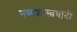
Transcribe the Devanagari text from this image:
नव्यशास्त्रवादी